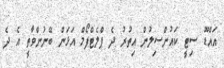
އައްޑޫ ސިޓީ ކައުންސިލުން އިތުރު ދެ ޕްލެޓްފޯމް އަޅަން ބޭނުންވާތީ އެ ދެ